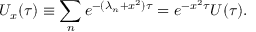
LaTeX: U _ { x } ( \tau ) \equiv \sum _ { n } e ^ { - ( \lambda _ { n } + x ^ { 2 } ) \tau } = e ^ { - x ^ { 2 } \tau } U ( \tau ) .